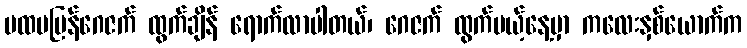
ပထမပြန်ဂေဇက် ထွက်ချိန် ရောက်လာပါတယ်၊ ဂေဇက် ထွက်မယ့်နေ့မှာ ကလေးနှစ်ယောက်က